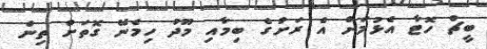
ބީޗް ހޮޓާ އެޅުމަށް އެ ރަށުގެ ބިމާއި މޫދު ހިމެނޭ ގޮތަށް ތިން